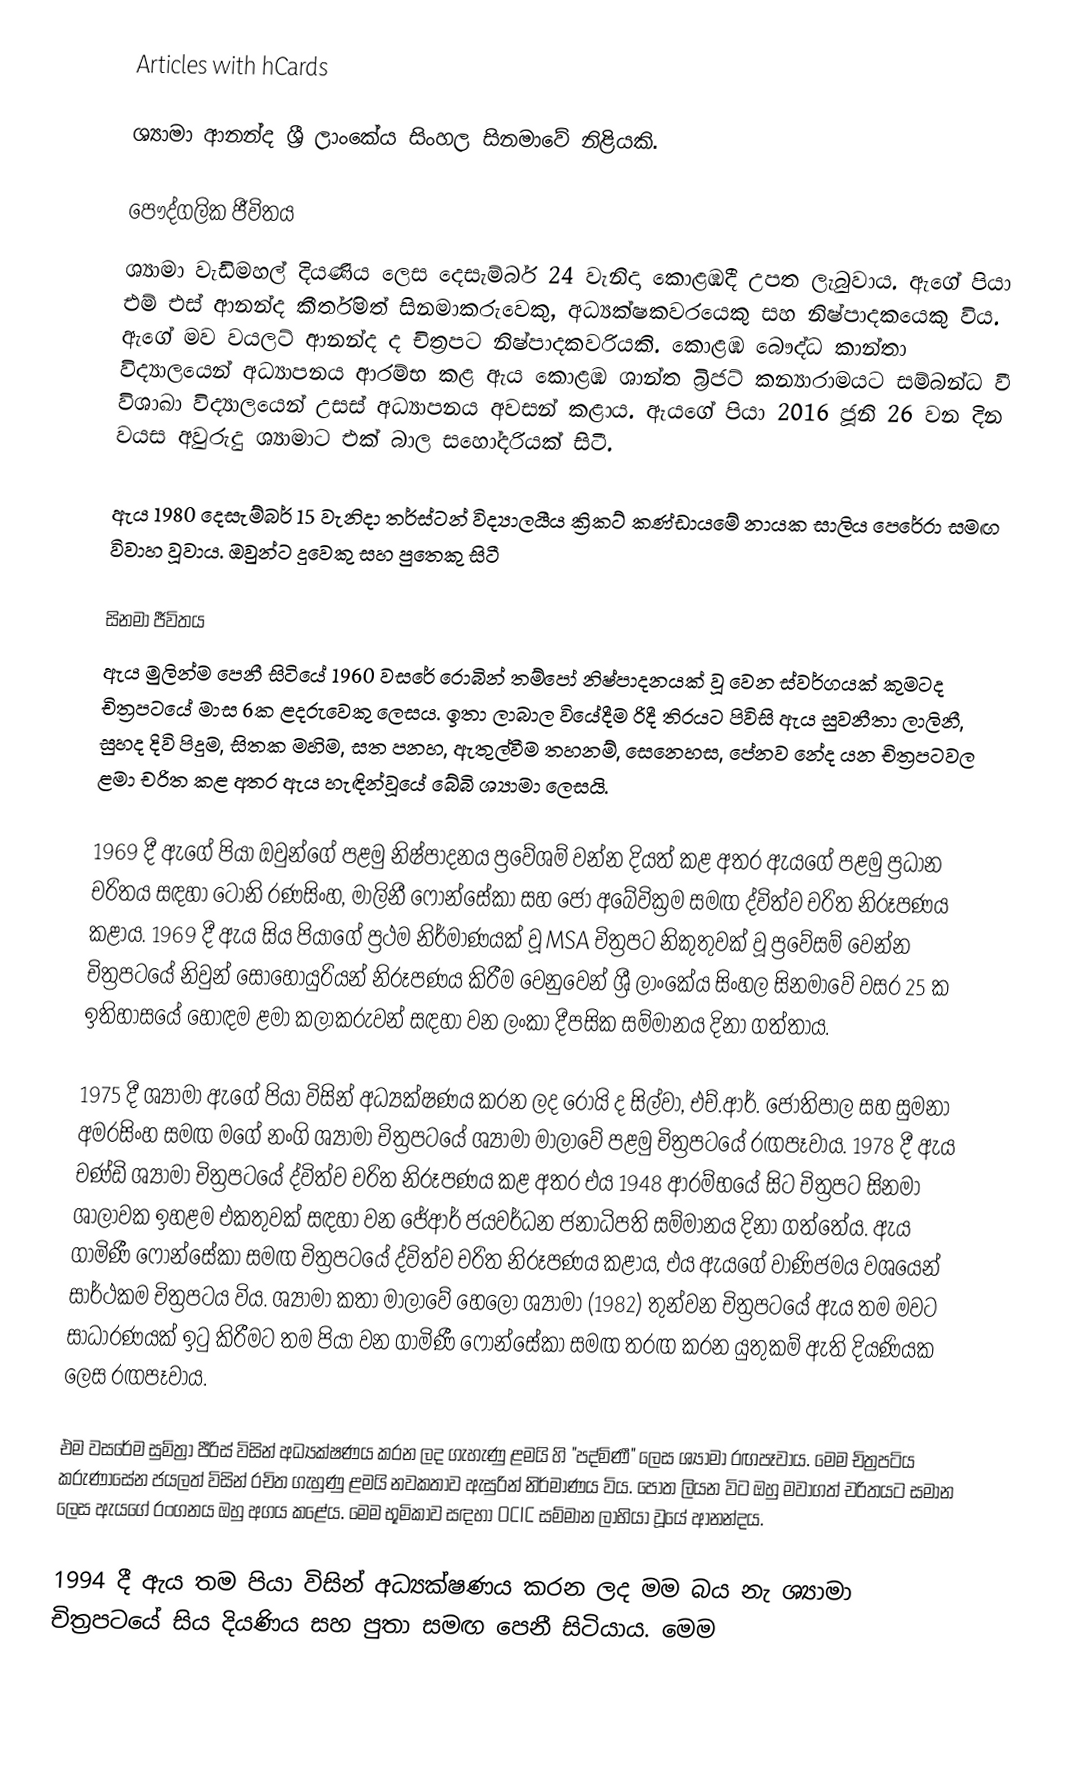
Articles with hCards

ශ්‍යාමා ආනන්ද ශ්‍රී ලාංකේය සිංහල සිනමාවේ නිළියකි.

පෞද්ගලික ජීවිතය
ශ්‍යාමා වැඩිමහල් දියණිය ලෙස දෙසැම්බර් 24 වැනිදා කොළඹදී උපත ලැබුවාය. ඇගේ පියා එම් එස් ආනන්ද කීර්තිමත් සිනමාකරුවෙකු, අධ්‍යක්ෂකවරයෙකු සහ නිෂ්පාදකයෙකු විය.  ඇගේ මව වයලට් ආනන්ද ද චිත්‍රපට නිෂ්පාදකවරියකි. කොළඹ බෞද්ධ කාන්තා විද්‍යාලයෙන් අධ්‍යාපනය ආරම්භ කළ ඇය කොළඹ ශාන්ත බ්‍රිජට් කන්‍යාරාමයට සම්බන්ධ වී විශාඛා විද්‍යාලයෙන් උසස් අධ්‍යාපනය අවසන් කළාය. ඇයගේ පියා 2016 ජූනි 26 වන දින වයස අවුරුදු  ශ්‍යාමාට එක් බාල සහෝදරියක් සිටී.

ඇය 1980 දෙසැම්බර් 15 වැනිදා තර්ස්ටන් විද්‍යාලයීය ක්‍රිකට් කණ්ඩායමේ නායක සාලිය පෙරේරා සමඟ විවාහ වූවාය. ඔවුන්ට දුවෙකු සහ පුතෙකු සිටී

සිනමා ජීවිතය
ඇය මුලින්ම පෙනී සිටියේ 1960 වසරේ රොබින් තම්පෝ නිෂ්පාදනයක් වූ වෙන ස්වර්ගයක් කුමටද චිත්‍රපටයේ මාස 6ක ළදරුවෙකු ලෙසය. ඉතා ලාබාල වියේදීම රිදී තිරයට පිවිසි ඇය සුවනීතා ලාලිනී, සුහද දිවි පිදුම, සිතක මහිම, සත පනහ, ඇතුල්වීම තහනම්, සෙනෙහස, පේනව නේද යන චිත්‍රපටවල ළමා චරිත කළ අතර ඇය හැඳින්වූයේ බේබි ශ්‍යාමා ලෙසයි.

1969 දී ඇගේ පියා ඔවුන්ගේ පළමු නිෂ්පාදනය ප්‍රවේශම් වන්න දියත් කළ අතර ඇයගේ පළමු ප්‍රධාන චරිතය සඳහා ටෝනි රණසිංහ, මාලිනී ෆොන්සේකා සහ ජෝ අබේවික්‍රම සමඟ ද්විත්ව චරිත නිරූපණය කළාය. 1969 දී ඇය සිය පියාගේ ප්‍රථම නිර්මාණයක් වූ MSA චිත්‍රපට නිකුතුවක් වූ ප්‍රවේසම් වෙන්න චිත්‍රපටයේ නිවුන් සොහොයුරියන් නිරූපණය කිරීම වෙනුවෙන් ශ්‍රී ලාංකේය සිංහල සිනමාවේ වසර 25 ක ඉතිහාසයේ හොඳම ළමා කලාකරුවන් සඳහා වන ලංකා දීපසික සම්මානය දිනා ගත්තාය.

1975 දී ශ්‍යාමා ඇගේ පියා විසින් අධ්‍යක්ෂණය කරන ලද රෝයි ද සිල්වා, එච්.ආර්. ජෝතිපාල සහ සුමනා අමරසිංහ සමඟ මගේ නංගි ශ්‍යාමා චිත්‍රපටයේ ශ්‍යාමා මාලාවේ පළමු චිත්‍රපටයේ රඟපෑවාය.  1978 දී ඇය චණ්ඩි ශ්‍යාමා චිත්‍රපටයේ ද්විත්ව චරිත නිරූපණය කළ අතර එය 1948 ආරම්භයේ සිට චිත්‍රපට සිනමා ශාලාවක ඉහළම එකතුවක් සඳහා වන ජේආර් ජයවර්ධන ජනාධිපති සම්මානය දිනා ගත්තේය. ඇය ගාමිණී ෆොන්සේකා සමඟ චිත්‍රපටයේ ද්විත්ව චරිත නිරූපණය කළාය,  එය ඇයගේ වාණිජමය වශයෙන් සාර්ථකම චිත්‍රපටය විය. ශ්‍යාමා කතා මාලාවේ හෙලෝ ශ්‍යාමා (1982) තුන්වන චිත්‍රපටයේ ඇය තම මවට සාධාරණයක් ඉටු කිරීමට තම පියා වන ගාමිණී ෆොන්සේකා සමඟ තරඟ කරන යුතුකම් ඇති දියණියක ලෙස රඟපෑවාය.

එම වසරේම සුමිත්‍රා පීරිස් විසින් අධ්‍යක්ෂණය කරන ලද ගැහැණු ළමයි හි "පද්මිණී" ලෙස ශ්‍යාමා රඟපෑවාය. මෙම චිත්‍රපටිය කරුණාසේන ජයලත් විසින් රචිත ගැහුණු ළමයි නවකතාව ඇසුරින් නිර්මාණය විය. පොත ලියන විට ඔහු මවාගත් චරිතයට සමාන ලෙස ඇයගේ රංගනය ඔහු අගය කළේය. මෙම භූමිකාව සඳහා OCIC සම්මාන ලාභියා වූයේ ආනන්දය.

1994 දී ඇය තම පියා විසින් අධ්‍යක්ෂණය කරන ලද මම බය නැ ශ්‍යාමා චිත්‍රපටයේ සිය දියණිය සහ පුතා සමඟ පෙනී සිටියාය.   මෙම